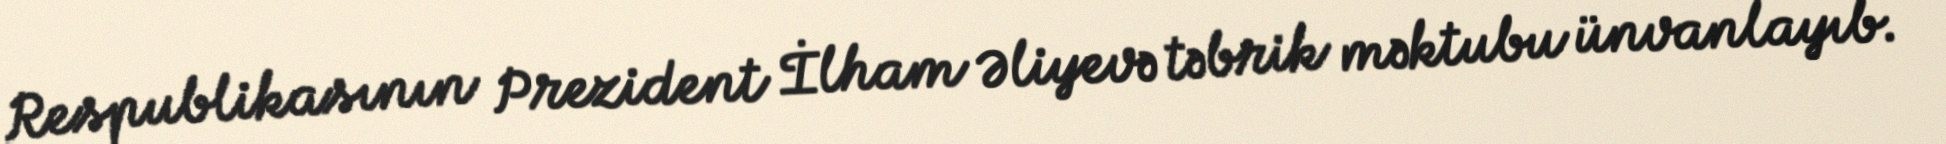
Respublikasının Prezident İlham Əliyevə təbrik məktubu ünvanlayıb.